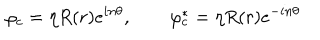
\varphi _ { c } = \eta R ( r ) e ^ { i n \theta } , \qquad \varphi _ { c } ^ { \ast } = \eta R ( r ) e ^ { - i n \theta }